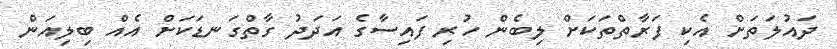
ދައުލަތަށް އެކި ފަރާތްތަކަށް ލިބެން ހުރި ފައިސާގެ އަދަދު ގާތްގަނޑަކަށް އެއް ބިލިއަން